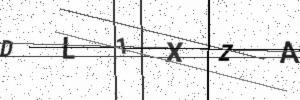
Text: DL1XZA